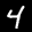
Digit: 4